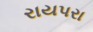
રાયપરા